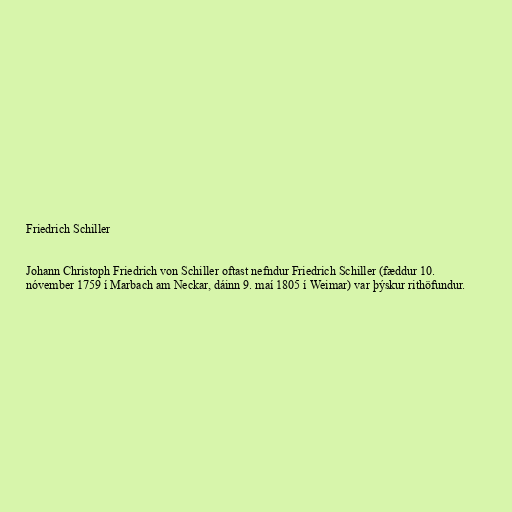
Friedrich Schiller

Johann Christoph Friedrich von Schiller oftast nefndur Friedrich Schiller (fæddur 10.
nóvember 1759 í Marbach am Neckar, dáinn 9. maí 1805 í Weimar) var þýskur rithöfundur.